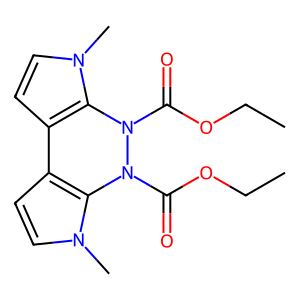
SMILES: CCOC(=O)N1c2c(ccn2C)-c2ccn(C)c2N1C(=O)OCC
Inhibits HIV replication: No